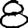
Digit: 8